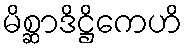
မိစ္ဆာဒိဋ္ဌိကေဟိ